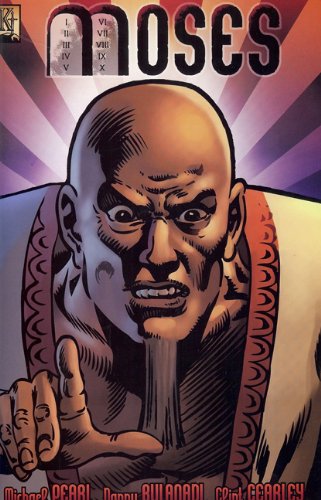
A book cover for Moses; Michael Pearl; Comics & Graphic Novels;